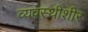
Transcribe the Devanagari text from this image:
व्यवस्थीशीर